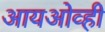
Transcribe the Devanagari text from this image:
आयओव्ही